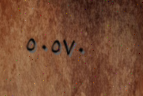
٥٠٥٧٠